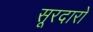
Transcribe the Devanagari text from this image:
सूरदारों